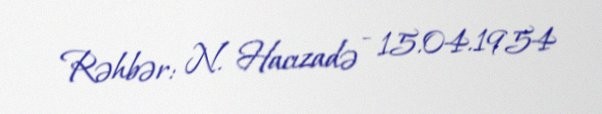
Rəhbər: N. Hacızadə - 15.04.1954